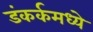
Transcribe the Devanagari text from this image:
डंकर्कमध्ये